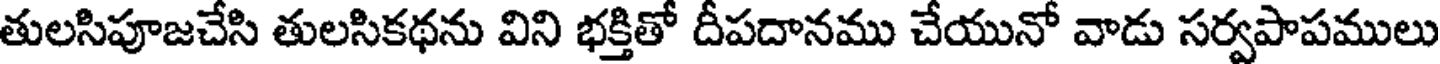
తులసిపూజచేసి తులసికథను విని భక్తితో దీపదానము చేయునో వాడు సర్వపాపములు